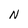
Character: N